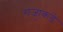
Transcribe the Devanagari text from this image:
राजा॒कडे